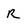
Character: r